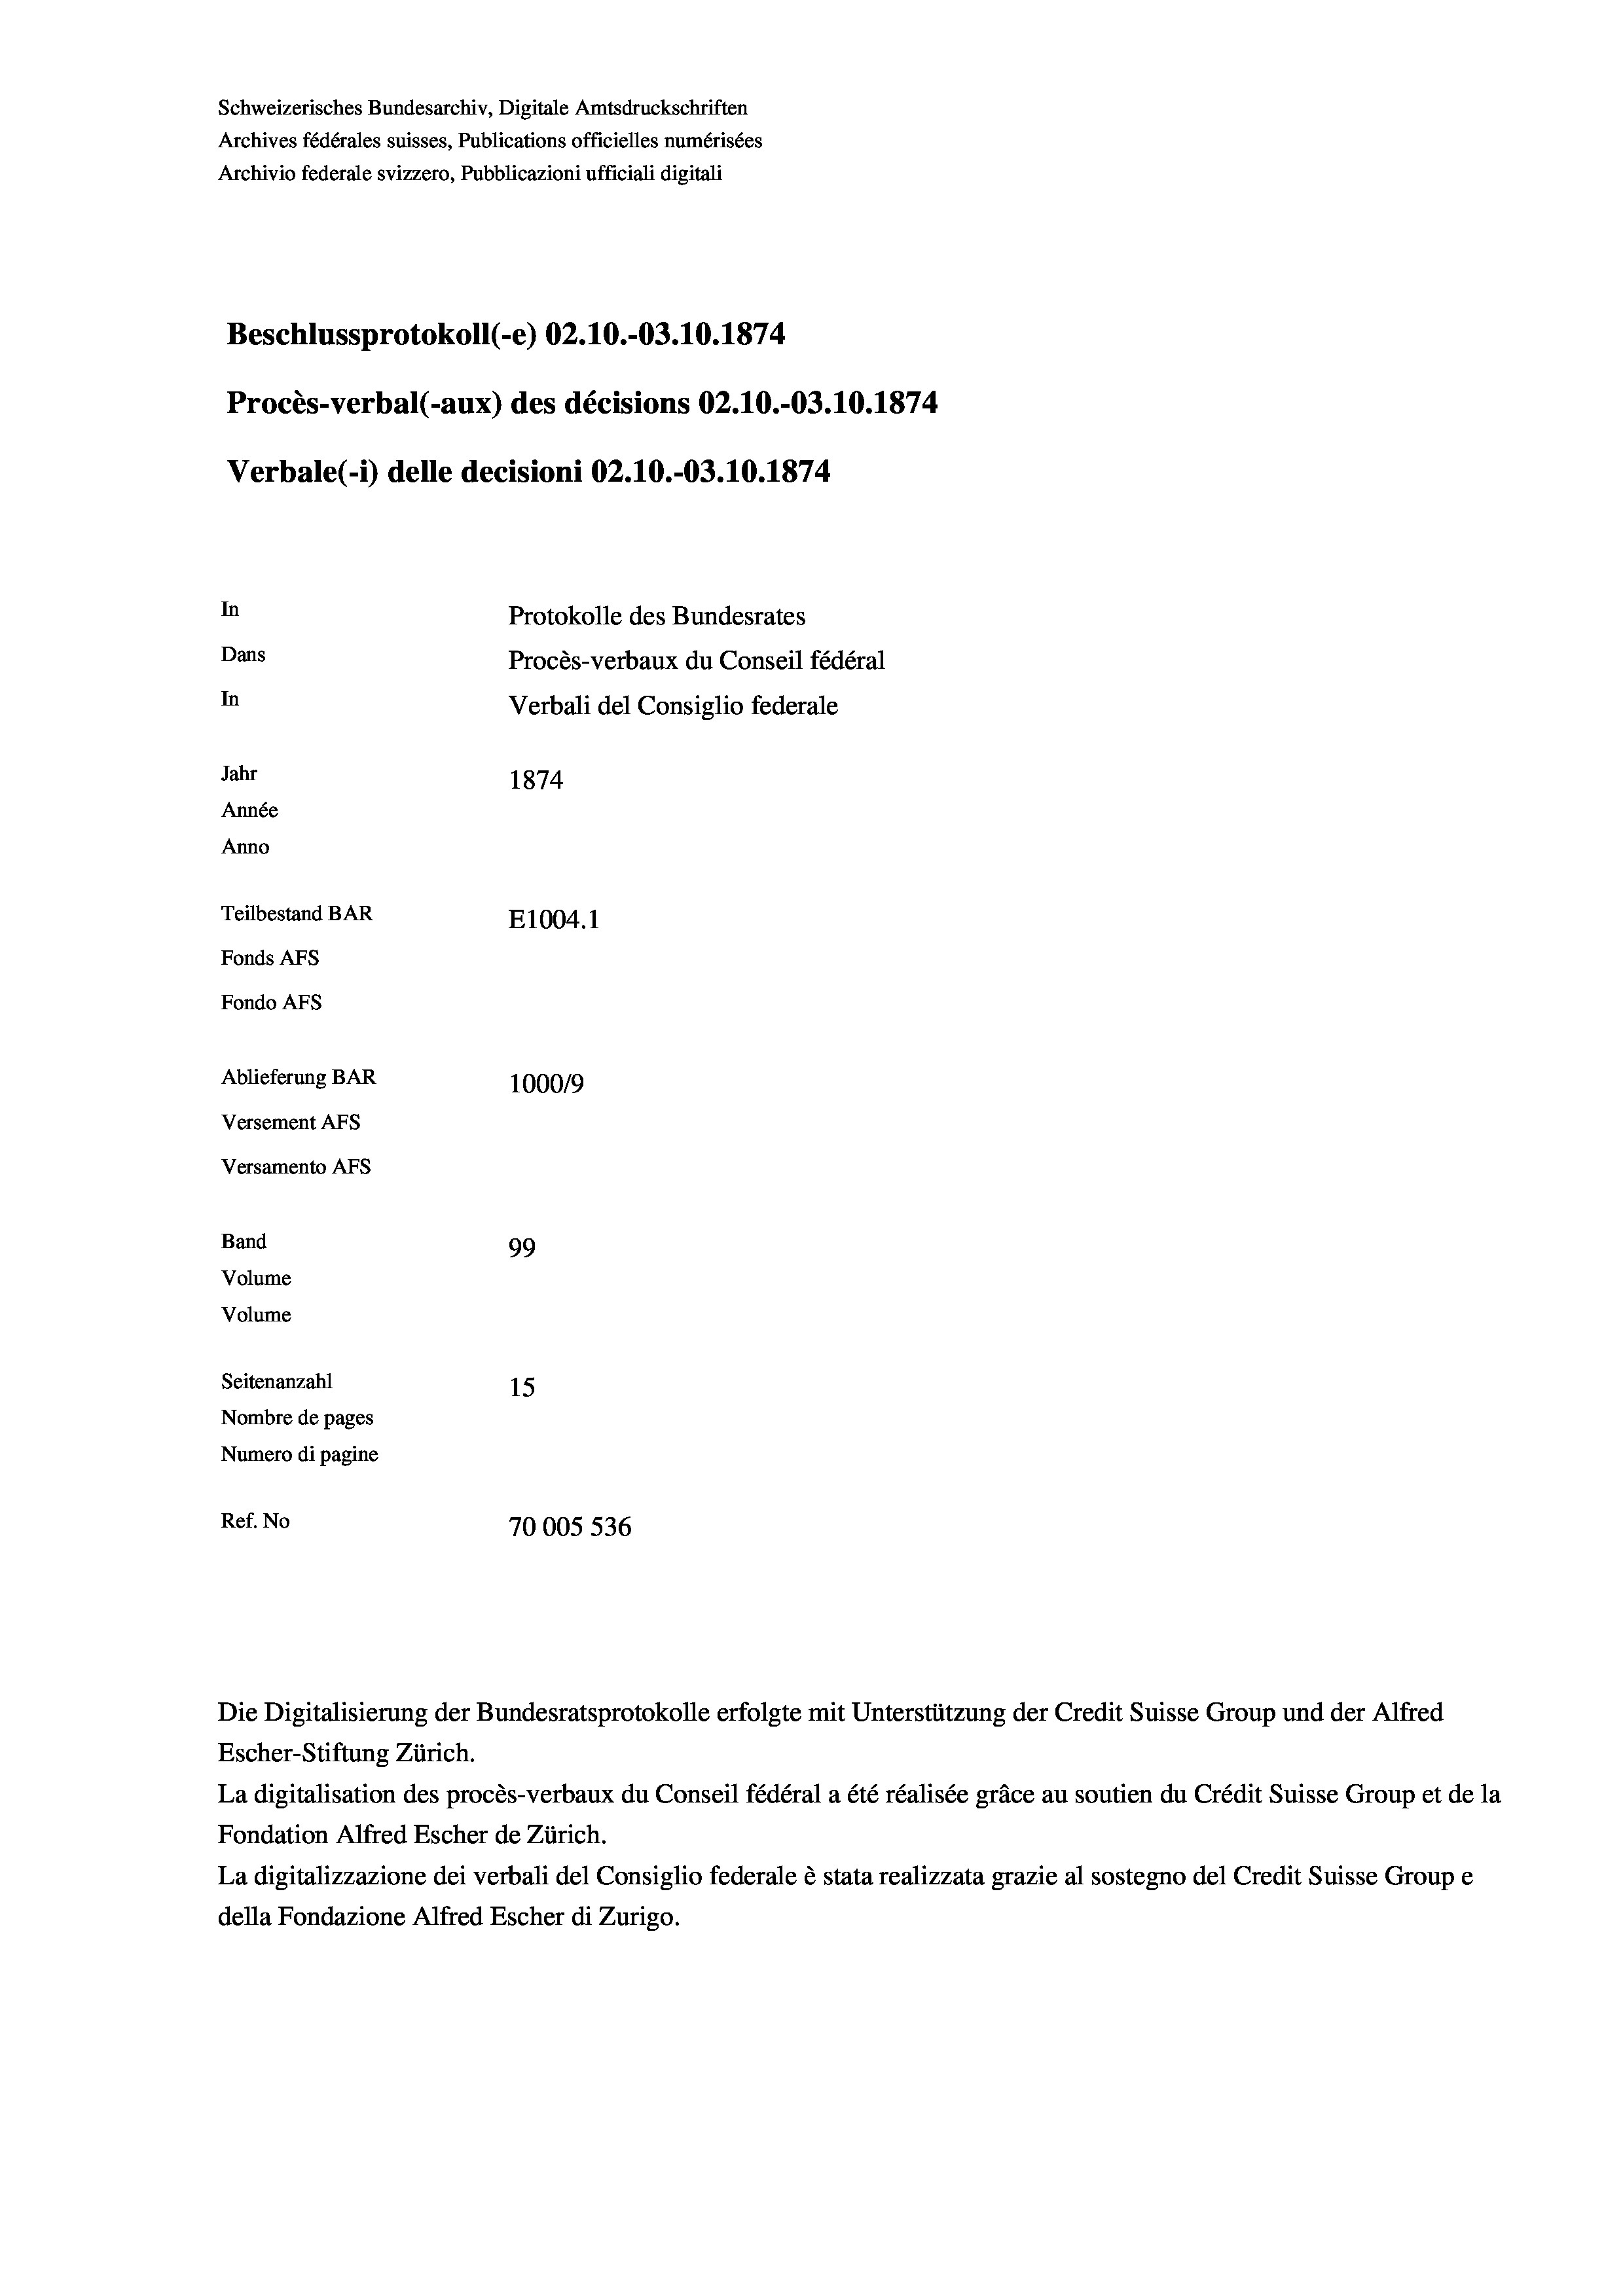
Schweizerisches Bundesarchiv, Digitale Amtsdruckschriften
Archives fédérales suisses, Publications officielles numérisées
Archivio federale svizzero, Pubblicazioni ufficiali digitali
Beschlussprotokoll (-e) 02.10.-03.10.1874
Procès-verbal (-aux) des décisions 02.10.-03.10.1874
Verbale (- 1) delle decisioni 02.10.-03.10.1874.
In
Protokolle des Bundesrates
Dans
Procès-verbaux du Conseil fédéral
In
Verbali del Consiglio federale
Jahr
1874
Année
Anno
Teilbestand BAR
E1004. 1
Fonds AFs
Fondo AFS
Ablieferung BAR
100019
Versement AFs
Versamento Afs
Band
99
Volume
Volume
Seitenanzahl
15
Nombre de pages
Numero di pagine
Ref. No
70005 536

Die Digitalisierung der Bundesratsprotokolle erfolgte mit Unterstützung der Credit Suisse Group und der Alfred
Escher-Stiftung Zürich.
La digitalisation des procès-verbaux du Conseil fédéral a été réalisée gräce au soutien du Crédit Suisse Group et de la
Fondation Alfred Escher de Zürich.
La digitalizzazione dei verbali del Consiglio federale è stata realizzata grazie al sostegno del Credit Suisse Groupe
della Fondazione Alfred Escher di Zurigo.